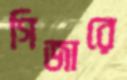
গিজারে